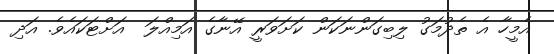
އެމީހާ އެ ތެދުމަގު ލިބިގަންނަކަން ކަށަވަރީ އޭނާގެ އަމިއްލަ  އަށްޓަކައެވެ. އަދި